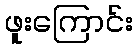
ဖူးကြောင်း